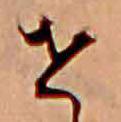
せ